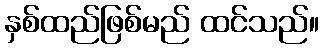
နှစ်ထည်ဖြစ်မည် ထင်သည်။